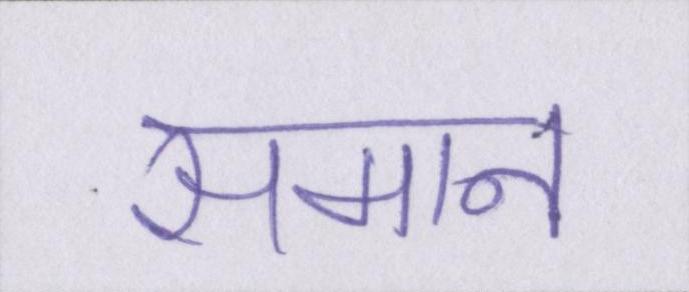
समान